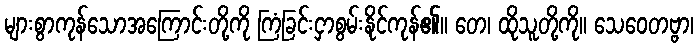
များစွာကုန်သောအကြောင်းတို့ကို ကြံခြင်းငှာစွမ်းနိုင်ကုန်၏။ တေ၊ ထိုသူတို့ကို။ သေဝေတဗ္ဗာ၊